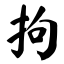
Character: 拘